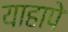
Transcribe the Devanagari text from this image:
याहापे